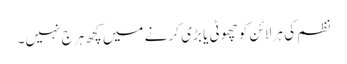
نظم کی ہر لائن کو چھوٹی یا بڑی کر نے میں کچھ ہرج نہیں۔